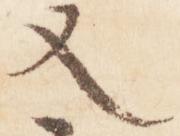
又